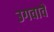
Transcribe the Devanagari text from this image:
उगवावे